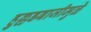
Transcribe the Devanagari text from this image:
हुल्लडबाजीमुळे